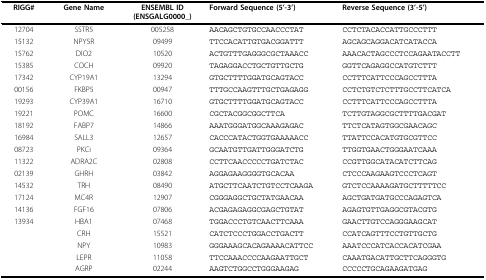
<table><thead><tr><td><b>RIGG#</b></td><td><b>Gene Name</b></td><td><b>ENSEMBL ID(ENSGALG0000_)</b></td><td><b>Forward Sequence (5&#x27;-3&#x27;)</b></td><td><b>Reverse Sequence (3&#x27;-5&#x27;)</b></td></tr></thead><tbody><tr><td>12704</td><td>SSTR5</td><td>005258</td><td>AACAGCTGTGCCAACCCTAT</td><td>CCTCTACACCATTGCCCTTT</td></tr><tr><td>15132</td><td>NPY5R</td><td>09499</td><td>TTCCACATTGTGACGGATTT</td><td>AGCAGCAGGACATCATACCA</td></tr><tr><td>15762</td><td>DIO2</td><td>10520</td><td>ACTGTTTGAGGGCGCTAAACC</td><td>AAACACTAGCCCTCCAGAATACCTT</td></tr><tr><td>15385</td><td>COCH</td><td>09920</td><td>TAGAGGACCTGCTGTTGCTG</td><td>GGTTCAGAGGCCATGTCTTT</td></tr><tr><td>17342</td><td>CYP19A1</td><td>13294</td><td>GTGCTTTTGGATGCAGTACC</td><td>CCTTTCATTCCCAGCCTTTA</td></tr><tr><td>00156</td><td>FKBP5</td><td>00947</td><td>TTTGCCAAGTTTGCTGAGAGG</td><td>CCTCTGTCTCTTTGCCTTCATCA</td></tr><tr><td>19293</td><td>CYP39A1</td><td>16710</td><td>GTGCTTTTGGATGCAGTACC</td><td>CCTTTCATTCCCAGCCTTTA</td></tr><tr><td>19221</td><td>POMC</td><td>16600</td><td>CGCTACGGCGGCTTCA</td><td>TCTTGTAGGCGCTTTTGACGAT</td></tr><tr><td>18192</td><td>FABP7</td><td>14866</td><td>AAATGGGATGGCAAAGAGAC</td><td>TTCTCATAGTGGCGAACAGC</td></tr><tr><td>16984</td><td>SALL3</td><td>12657</td><td>CACCCATACTGGTGAAAAACC</td><td>TTATTCCACATGTGCGTTCC</td></tr><tr><td>08723</td><td>PKCi</td><td>09364</td><td>GCAATGTTGATTGGGATCTG</td><td>TTGGTGAACTGGGAATCAAA</td></tr><tr><td>11322</td><td>ADRA2C</td><td>02808</td><td>CCTTCAACCCCCTGATCTAC</td><td>CCGTTGGCATACATCTTCAG</td></tr><tr><td>02139</td><td>GHRH</td><td>03842</td><td>AGGAGAAGGGGTGCACAA</td><td>CTCCCAAGAAGTCCCTCAGT</td></tr><tr><td>14532</td><td>TRH</td><td>08490</td><td>ATGCTTCAATCTGTCCTCAAGA</td><td>GTCTCCAAAAGATGCTTTTTCC</td></tr><tr><td>17124</td><td>MC4R</td><td>12907</td><td>CGGGAGGCTGCTATGAACAA</td><td>AGCTGATGATGCCCAGAGTCA</td></tr><tr><td>14136</td><td>FGF16</td><td>07806</td><td>ACGAGAGAGGCGAGCTGTAT</td><td>AGAGTGTTGAGGCGTACGTG</td></tr><tr><td>13934</td><td>HBA1</td><td>07468</td><td>TGGACCCTGTCAACTTCAAA</td><td>GAACTTGTCCAGGGAAGCAT</td></tr><tr><td></td><td>CRH</td><td>15521</td><td>CATCTCCCTGGACCTGACTT</td><td>CCATCAGTTTCCTGTTGCTG</td></tr><tr><td></td><td>NPY</td><td>10983</td><td>GGGAAAGCACAGAAAACATTCC</td><td>AAATCCCATCACCACATCGAA</td></tr><tr><td></td><td>LEPR</td><td>11058</td><td>TTCCAAACCCCAAGAATTGCT</td><td>CAAATGACATTGCTTCAGGGTG</td></tr><tr><td></td><td>AGRP</td><td>02244</td><td>AAGTCTGGCCTGGGAAGAG</td><td>CCCCCTGCAGAAGATGAG</td></tr></tbody></table>